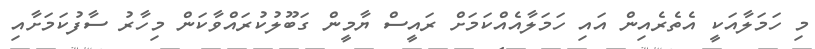
މި ހަމަލާއަކީ އެތެރެއިން އައި ހަމަލާއެއްކަމަށް ރައީސް ޔާމީން ގަބޫލުކުރައްވާކަން މިހާރު ސާފުކަމަށާއި